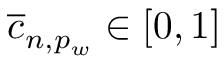
\overline { { c } } _ { n , p _ { w } } \in [ 0 , 1 ]